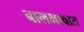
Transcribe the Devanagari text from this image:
बालभावात